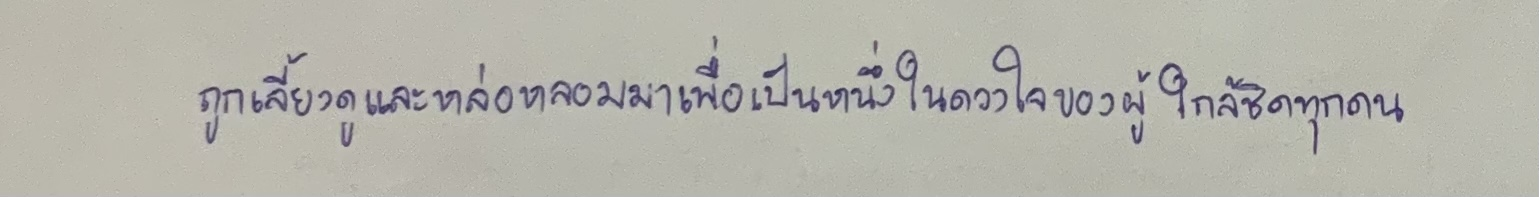
ถูกเลี้ยงดูและหล่อหลอมมาเพื่อเป็นหนึ่งในดวงใจของผู้ใกล้ชิดทุกคน